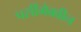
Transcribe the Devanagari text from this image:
पर्सीमेक्वीन